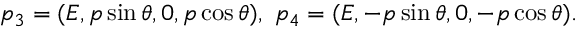
p _ { 3 } = ( E , p \sin \theta , 0 , p \cos \theta ) , ~ p _ { 4 } = ( E , - p \sin \theta , 0 , - p \cos \theta ) .